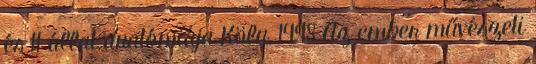
és 11 állat anatómiája Köln, 1998 Az ember művészeti